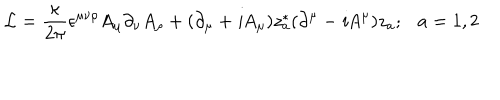
{ \cal L } = \frac { \kappa } { 2 \pi } \epsilon ^ { \mu \nu \rho } A _ { \mu } \partial _ { \nu } A _ { \rho } + ( \partial _ { \mu } + { \it i } A _ { \mu } ) z _ { a } ^ { * } ( \partial ^ { \mu } - { \it i } A ^ { \mu } ) z _ { a } ; a = 1 , 2